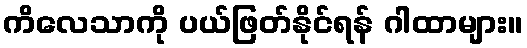
ကိလေသာကို ပယ်ဖြတ်နိုင်ရန် ဂါထာများ။